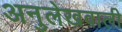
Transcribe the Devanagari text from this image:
अनुलेखवाली